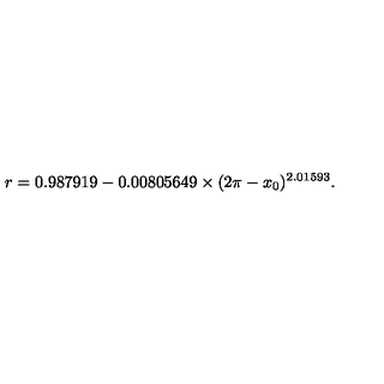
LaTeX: r = 0 . 9 8 7 9 1 9 - 0 . 0 0 8 0 5 6 4 9 \times ( 2 \pi - x _ { 0 } ) ^ { 2 . 0 1 5 9 3 } .